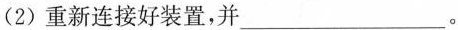
(2)重新连接好装置，并___。